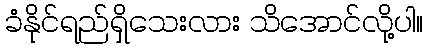
ခံနိုင်ရည်ရှိသေးလား သိအောင်လို့ပါ။